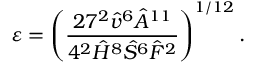
\varepsilon = \left( \frac { 2 7 ^ { 2 } \hat { v } ^ { 6 } \hat { A } ^ { 1 1 } } { 4 ^ { 2 } \hat { H } ^ { 8 } \hat { S } ^ { 6 } \hat { F } ^ { 2 } } \right) ^ { 1 / 1 2 } .